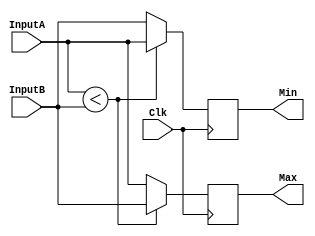
`timescale 1ns / 1ps
`ifndef LIB_STYCZYNSKI_MIN_MAX_V
`define LIB_STYCZYNSKI_MIN_MAX_V

/*
 * Piotr Styczyski @styczynski
 * Verilog Components Library
 *
 * Min-max arithmetic module
 * 
 *
 * MIT License
 */
module MinMax
#(
	parameter INPUT_BIT_WIDTH = 8
)
(
    input Clk,
    input [INPUT_BIT_WIDTH-1:0] InputA,
	input [INPUT_BIT_WIDTH-1:0] InputB,
	output reg [INPUT_BIT_WIDTH-1:0] Max,
    output reg [INPUT_BIT_WIDTH-1:0] Min
);

    always @(posedge Clk)
	begin
		if(InputA < InputB)
            begin
                Max <= InputB;
                Min <= InputA;
            end
        else
            begin
                Max <= InputA;
                Min <= InputB;
            end
	end

endmodule

`endif